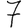
Digit: 7